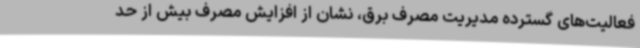
فعالیت‌های گسترده مدیریت مصرف برق، نشان از افزایش مصرف بیش از حد